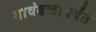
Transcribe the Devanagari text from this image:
गावंढळापर्यंत